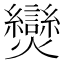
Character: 𤓖